Indian journal of veterinary science and animal husbandry - Volume 6,
Year: 1936
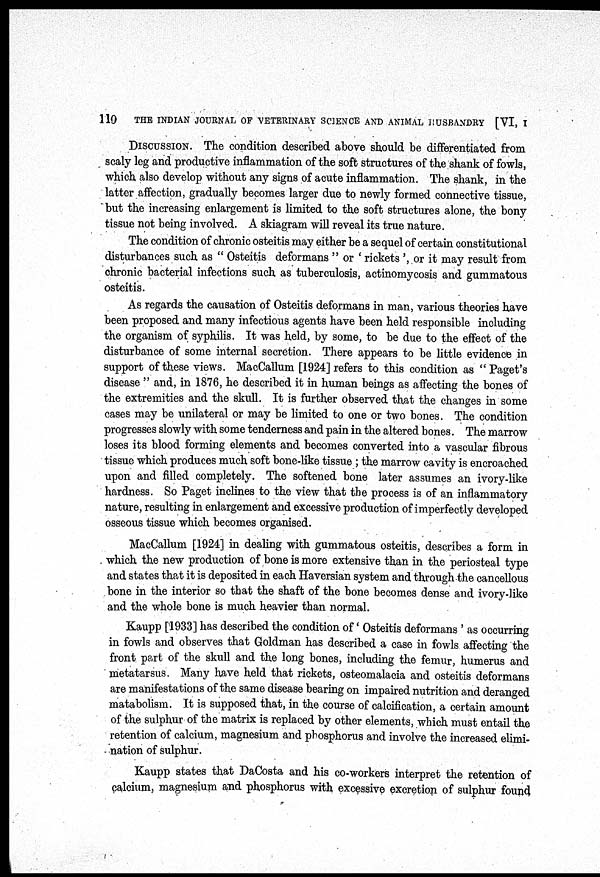
110
THE INDIAN JOURNAL OF VETERINARY SCIENCE AND ANIMAL HUSBANDRY [VI, I
DISCUSSION. The condition described above should be differentiated from
scaly leg and productive inflammation of the soft structures of the shank of fowls,
which also develop without any signs of acute inflammation. The shank, in the
latter affection, gradually becomes larger due to newly formed connective tissue,
but the increasing enlargement is limited to the soft structures alone, the bony
tissue not being involved. A skiagram will reveal its true nature.
The condition of chronic osteitis may either be a sequel of certain constitutional
disturbances such as " Osteitis deformans " or ' rickets ', or it may result from
chronic bacterial infections such as tuberculosis, actinomycosis and gummatous
osteitis.
As regards the causation of Osteitis deformans in man, various theories have
been proposed and many infectious agents have been held responsible including
the organism of syphilis. It was held, by some, to be due to the effect of the
disturbance of some internal secretion. There appears to be little evidence in
support of these views. MacCallum [1924] refers to this condition as " Paget's
disease " and, in 1876, he described it in human beings as affecting the bones of
the extremities and the skull. It is further observed that the changes in some
cases may be unilateral or may be limited to one or two bones. The condition
progresses slowly with some tenderness and pain in the altered bones. The marrow
loses its blood forming elements and becomes converted into a vascular fibrous
tissue which produces much soft bone-like tissue ; the marrow cavity is encroached
upon and filled completely. The softened bone later assumes an ivory-like
hardness. So Paget inclines to the view that the process is of an inflammatory
nature, resulting in enlargement and excessive production of imperfectly developed
osseous tissue which becomes organised.
MacCallum [1924] in dealing with gummatous osteitis, describes a form in
which the new production of bone is more extensive than in the periosteal type
and states that it is deposited in each Haversian system and through the cancellous
bone in the interior so that the shaft of the bone becomes dense and ivory-like
and the whole bone is much heavier than normal.
Kaupp [1933] has described the condition of ' Osteitis deformans ' as occurring
in fowls and observes that Goldman has described a case in fowls affecting the
front part of the skull and the long bones, including the femur, humerus and
metatarsus. Many have held that rickets, osteomalacia and osteitis deformans
are manifestations of the same disease bearing on impaired nutrition and deranged
matabolism. It is supposed that, in the course of calcification, a certain amount
of the sulphur of the matrix is replaced by other elements, which must entail the
retention of calcium, magnesium and phosphorus and involve the increased elimi-
nation of sulphur.
Kaupp states that DaCosta and his co-workers interpret the retention of
calcium, magnesium and phosphorus with excessive excretion of sulphur found